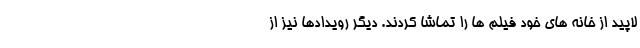
لاپید از خانه های خود فیلم ها را تماشا کردند. دیگر رویدادها نیز از